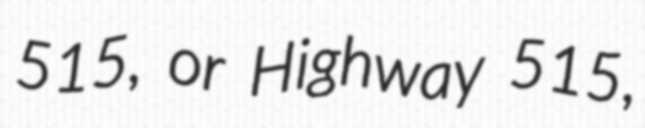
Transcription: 515, or Highway 515,